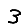
Digit: 3